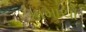
કામાચો